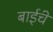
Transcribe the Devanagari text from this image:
बाईंचे